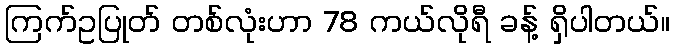
ကြက်ဥပြုတ် တစ်လုံးဟာ 78 ကယ်လိုရီ ခန့် ရှိပါတယ်။